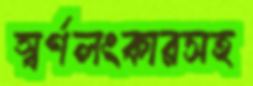
স্বর্ণলংকারসহ